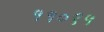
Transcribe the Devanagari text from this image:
११०९५